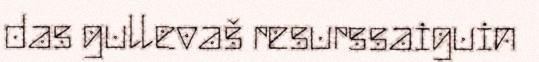
das gullevaš resurssaiguin